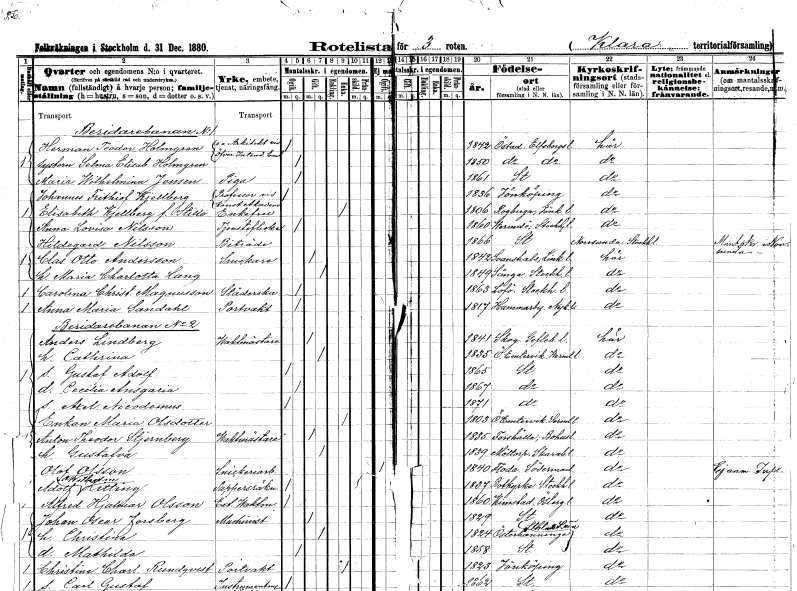
gt_parse: households: individuals: FN: Herman Teodor
EN: Holmgren
YRKE: Arkitekt e.o.
KON: M
CIV: O
FODAR: 1842
FODFORS: Östad Älvsborgs län
FN: Selma Elisabet
EN: Holmgren
KON: K
CIV: O
FODAR: 1850
FODFORS: Östad Älvsborgs län
FN: Maria Wilhelmina
EN: Jensen
YRKE: Piga
KON: K
CIV: O
FODAR: 1861
FODFORS: Stockholm
FN: Johannes Frithiof
EN: Kjellberg
YRKE: Professor
KON: M
CIV: O
FODAR: 1836
FODFORS: Jönköping Jönköpings län
FN: Elisabeth
EN: Kjellberg Stille
KON: K
CIV: E
FODAR: 1806
FODFORS: Rogberga Jönköpings län
FN: Anna Lovisa
EN: Nilsson
YRKE: Tjänsteflicka
KON: K
CIV: O
FODAR: 1860
FODFORS: Värmdö Stockholms län
FN: Hildegard
EN: Nilsson
YRKE: Biträde
KON: K
CIV: O
FODAR: 1866
FODFORS: Stockholm
FN: Clas Otto
EN: Andersson
YRKE: Snickare
KON: M
CIV: G
FODAR: 1842
FODFORS: Svanshals Östergötlands län
FN: Maria Charlotta
EN: Lang
KON: K
CIV: G
FODAR: 1849
FODFORS: Sånga Stockholms län
FN: Carolina Christina
EN: Magnusson
YRKE: Städerska
KON: K
CIV: O
FODAR: 1863
FODFORS: Lovö Stockholms län
FN: Anna Maria
EN: Sandahl
YRKE: Portvakt
KON: K
CIV: O
FODAR: 1817
FODFORS: Hammarby Södermanlands län
FN: Anders
EN: Lindberg
YRKE: Vaktmästare
KON: M
CIV: G
FODAR: 1841
FODFORS: Skog Gävleborgs län
FN: Cathrina
KON: K
CIV: G
FODAR: 1835
FODFORS: Östra Ämtervik Värmlands län
FN: Gustaf Adolf
KON: M
CIV: O
FODAR: 1865
FODFORS: Stockholm
FN: Cecilia Ansgaria
KON: K
CIV: O
FODAR: 1867
FODFORS: Stockholm
FN: Axel Nicodemus
KON: M
CIV: O
FODAR: 1871
FODFORS: Stockholm
FN: Maria
EN: Olsdotter
YRKE: Änka
KON: K
CIV: E
FODAR: 1803
FODFORS: Östra Ämtervik Värmlands län
FN: Anton Theodor
EN: Stjernberg
YRKE: Vaktmästare
KON: M
CIV: G
FODAR: 1835
FODFORS: Forshälla Göteborgs- och Bohuslän
FN: Gustafva
KON: K
CIV: G
FODAR: 1839
FODFORS: Mölltorp Skaraborgs län
FN: Olof
EN: Olsson
YRKE: Snickeriarbetare
KON: M
CIV: O
FODAR: 1840
FODFORS: Floda Södermanlands län
FN: Adolf Wilhelm
EN: Kitting
YRKE: Pappersräknare
KON: M
CIV: O
FODAR: 1837
FODFORS: Botkyrka Stockholms län
FN: Alfred Hjalmar
EN: Olsson
YRKE: Vaktmästare Ext.
KON: M
CIV: O
FODAR: 1860
FODFORS: Kimstad Östergötlands län
FN: Johan Oscar
EN: Forsberg
YRKE: Maskinist
KON: M
CIV: G
FODAR: 1829
FODFORS: Stockholm
FN: Christina
KON: K
CIV: G
FODAR: 1824
FODFORS: Österhaninge Stockholms län
FN: Mathilda
KON: K
CIV: O
FODAR: 1858
FODFORS: Stockholm
FN: Christina Charlotta
EN: Rundqvist
YRKE: Portvakt
KON: K
CIV: E
FODAR: 1823
FODFORS: Jönköping Jönköpings län
FN: Carl Gustaf
YRKE: Instrumentmakarelärling
KON: M
CIV: O
FODAR: 1862
FODFORS: Stockholm